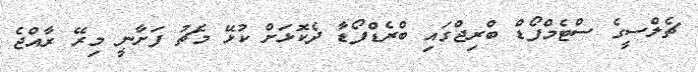
ޗެލްސީގެ ސްޓެމްފޯޑް ބްރިޖްގައި ބްރެޑްފޯޑާ ދެކޮޅަށް ކުޅޭ މެޗު ފަށާނީ މިރޭ ރާއްޖެ